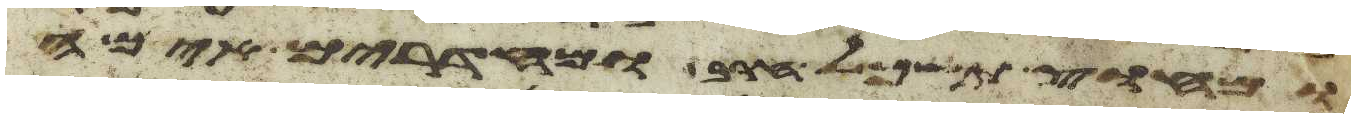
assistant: מחוץ תשכל חרב ומחדרים אימה